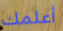
أعلمك